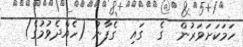
ހަމަކަށަވަރުން  ގެ  ގައި  ގެފާނު (ހެއްދެވުމުގެ)